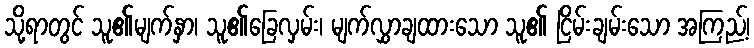
သို့ရာတွင် သူ၏မျက်နှာ၊ သူ၏ခြေလှမ်း၊ မျက်လွှာချထားသော သူ၏ ငြိမ်းချမ်းသော အကြည့်၊